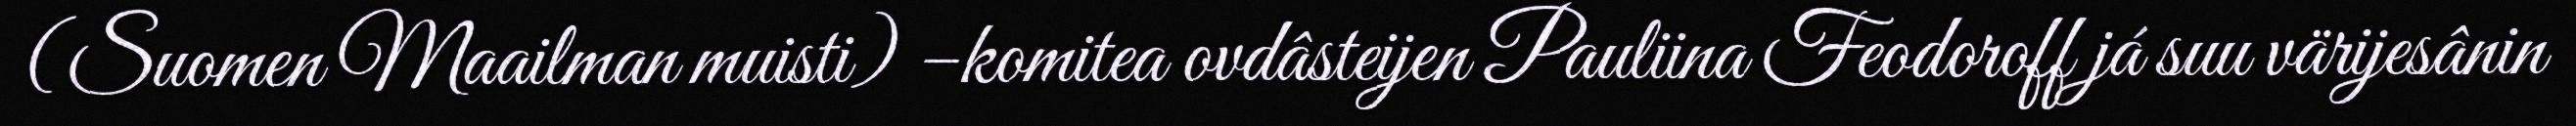
(Suomen Maailman muisti) –komitea ovdâsteijen Pauliina Feodoroff já suu värijesânin